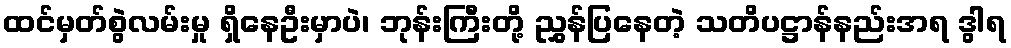
ထင်မှတ်စွဲလမ်းမှု ရှိနေဦးမှာပဲ၊ ဘုန်းကြီးတို့ ညွှန်ပြနေတဲ့ သတိပဋ္ဌာန်နည်းအရ ဒွါရ